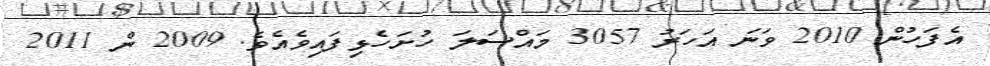
އެފަހުން 2010 ވަނަ އަހަރު 3057 މައްސަލަ ހުށަހެޅިފައިވެއެވެ. 2009 ން 2011